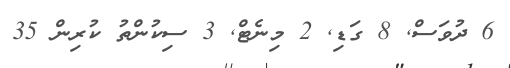
6 ދުވަސް